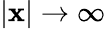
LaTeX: |\mathbf{x}|\rightarrow\infty